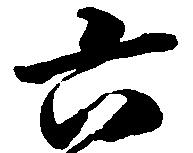
六